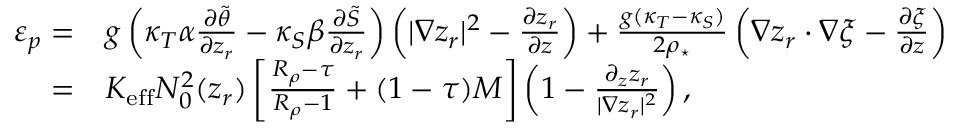
\begin{array} { r l } { \varepsilon _ { p } = } & { { } g \left( \kappa _ { T } \alpha \frac { \partial \tilde { \theta } } { \partial z _ { r } } - \kappa _ { S } \beta \frac { \partial \tilde { S } } { \partial z _ { r } } \right) \left( | \nabla z _ { r } | ^ { 2 } - \frac { \partial z _ { r } } { \partial z } \right) + \frac { g ( \kappa _ { T } - \kappa _ { S } ) } { 2 \rho _ { \star } } \left( \nabla z _ { r } \cdot \nabla \xi - \frac { \partial \xi } { \partial z } \right) } \\ { = } & { { } K _ { \mathrm { e f f } } N _ { 0 } ^ { 2 } ( z _ { r } ) \left[ \frac { R _ { \rho } - \tau } { R _ { \rho } - 1 } + ( 1 - \tau ) { \cal M } \right] \left( 1 - \frac { \partial _ { z } z _ { r } } { | \nabla z _ { r } | ^ { 2 } } \right) , } \end{array}